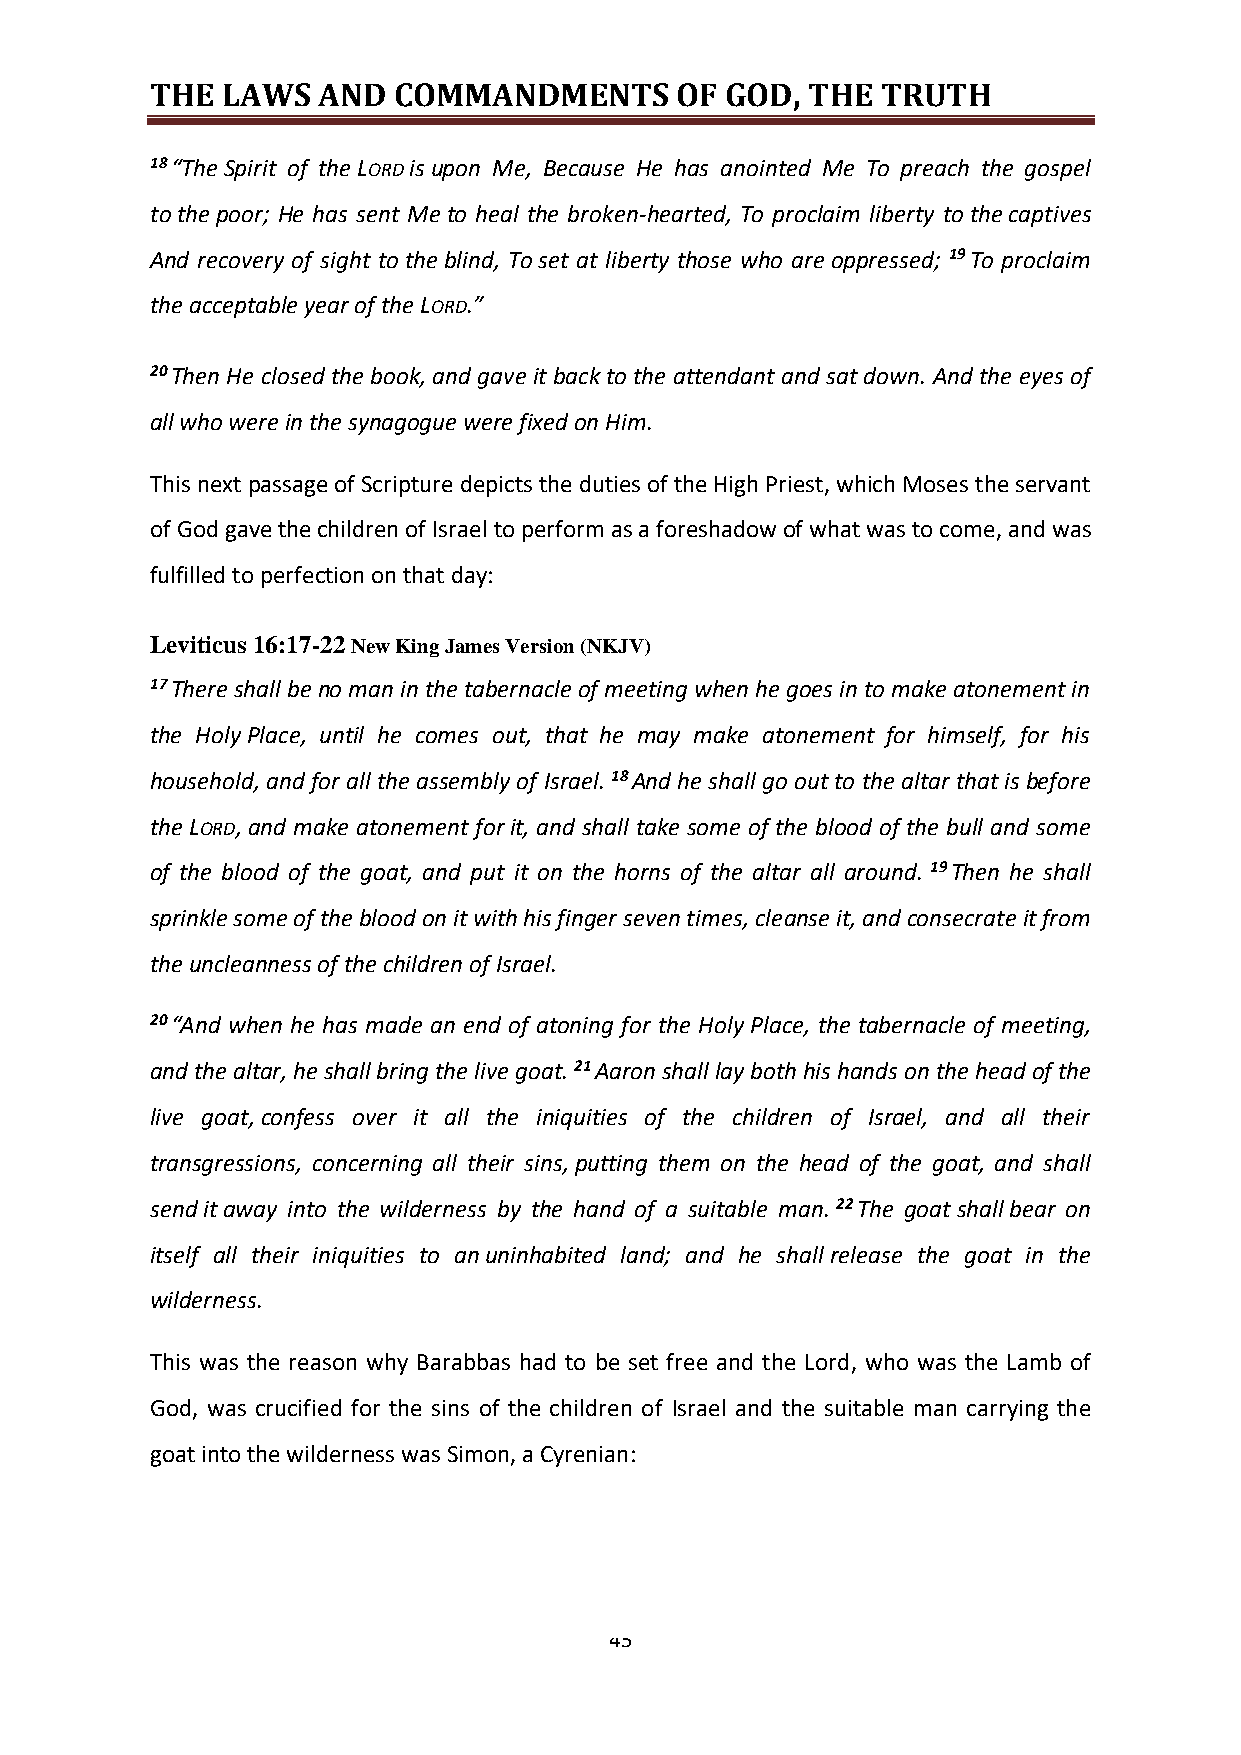
THE  LAWS  AND  COMMANDMENTS       OF GOD, THE  TRUTH
 18 “The Spirit of the LORD is upon Me, Because He has anointed Me To preach the gospel
 to the poor; He has sent Me to heal the broken-hearted, To proclaim liberty to the captives
 And recovery of sight to the blind, To set at liberty those who are oppressed; 19 To proclaim
 the acceptable year of the LORD.”
 20 Then He closed the book, and gave it back to the attendant and sat down. And the eyes of
 all who were in the synagogue were fixed on Him.
 This next passage of Scripture depicts the duties of the High Priest, which Moses the servant
 of God gave the children of Israel to perform as a foreshadow of what was to come, and was
 fulfilled to perfection on that day:
 Leviticus 16:17-22 New King James Version (NKJV)
 17 There shall be no man in the tabernacle of meeting when he goes in to make atonement in
 the Holy Place, until he comes out, that he may make atonement for himself, for his
 household, and for all the assembly of Israel. 18 And he shall go out to the altar that is before
 the LORD, and make atonement for it, and shall take some of the blood of the bull and some
 of the blood of the goat, and put it on the horns of the altar all around. 19 Then he shall
 sprinkle some of the blood on it with his finger seven times, cleanse it, and consecrate it from
 the uncleanness of the children of Israel.
 20 “And when he has made an end of atoning for the Holy Place, the tabernacle of meeting,
 and the altar, he shall bring the live goat. 21 Aaron shall lay both his hands on the head of the
 live goat, confess over it all the iniquities of the children of Israel, and all their
 transgressions, concerning all their sins, putting them on the head of the goat, and shall
 send it away into the wilderness by the hand of a suitable man. 22 The goat shall bear on
 itself all their iniquities to an uninhabited land; and he shall release the goat in the
 wilderness.
 This was the reason why Barabbas had to be set free and the Lord, who was the Lamb of
 God, was crucified for the sins of the children of Israel and the suitable man carrying the
 goat into the wilderness was Simon, a Cyrenian:
 45